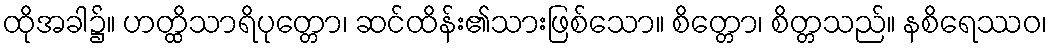
ထိုအခါ၌။ ဟတ္ထိသာရိပုတ္တော၊ ဆင်ထိန်း၏သားဖြစ်သော။ စိတ္တော၊ စိတ္တသည်။ နစိရေဿဝ၊